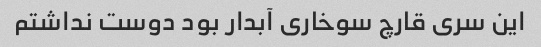
این سری قارچ سوخاری آبدار بود دوست نداشتم